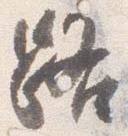
路